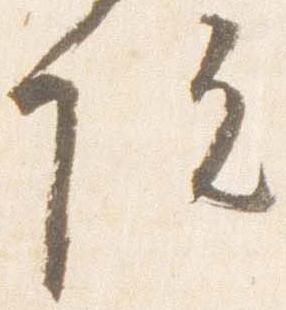
院